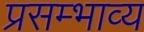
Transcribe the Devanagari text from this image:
प्रसम्भाव्य